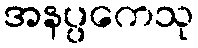
အနပ္ပကေသု